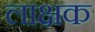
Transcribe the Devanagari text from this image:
लाक्षक